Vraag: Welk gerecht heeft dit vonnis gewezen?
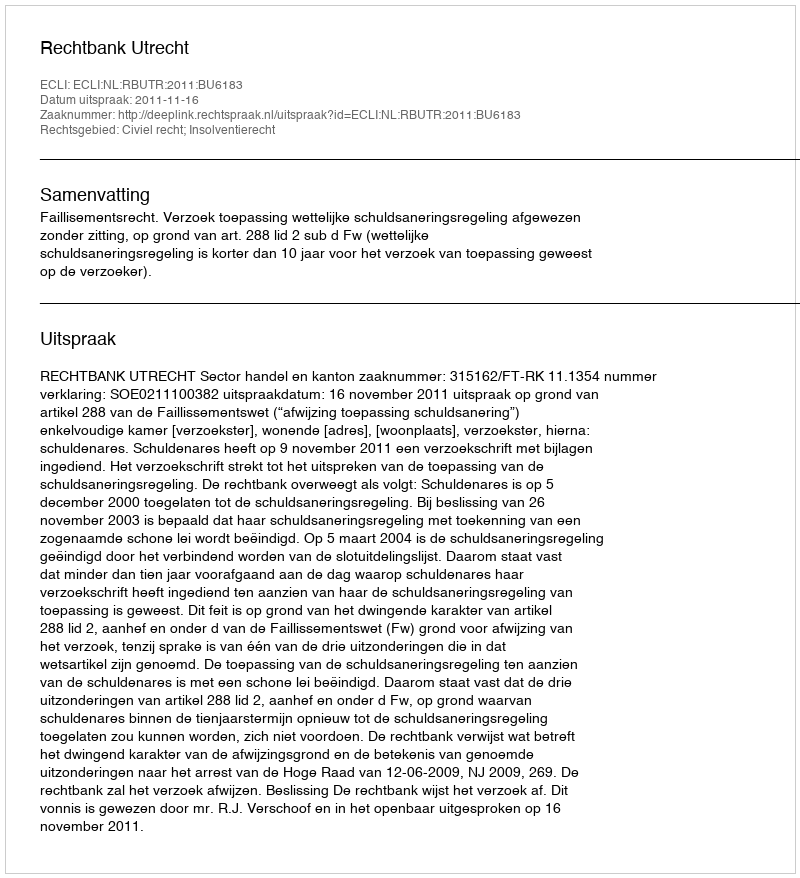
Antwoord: Rechtbank Utrecht